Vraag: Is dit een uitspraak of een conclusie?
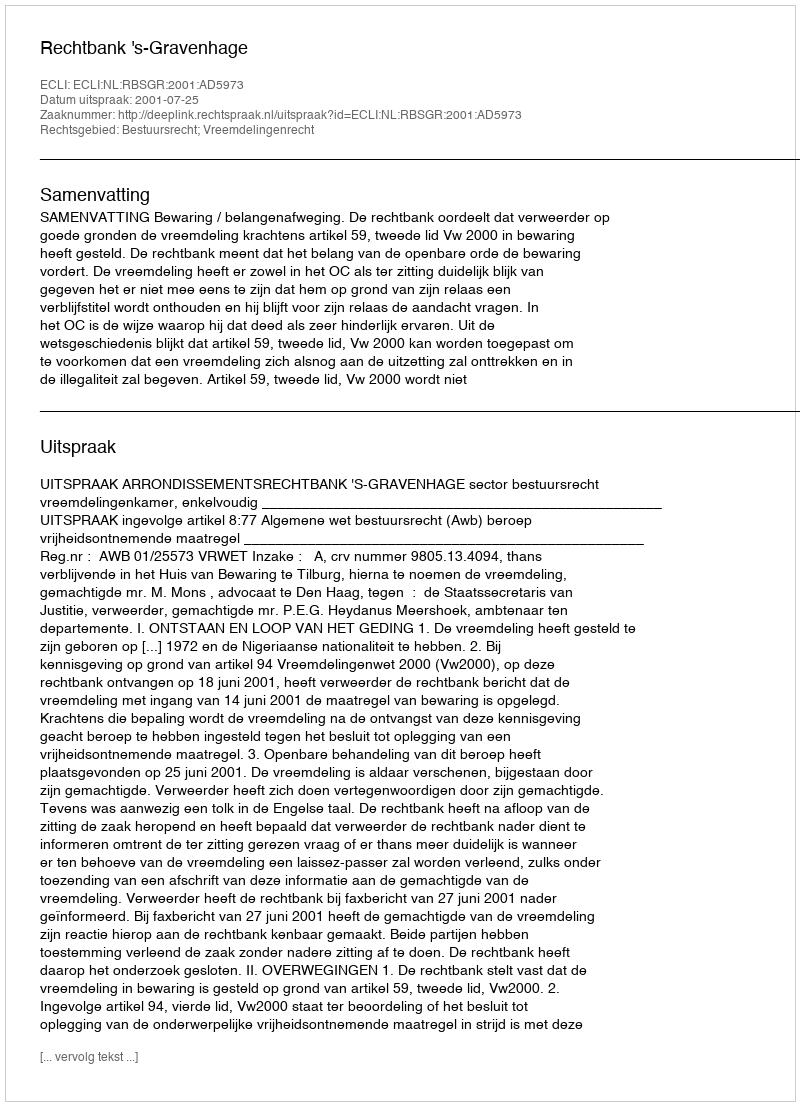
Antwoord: Uitspraak